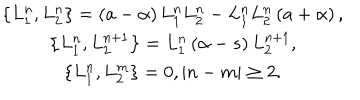
LaTeX: \begin{array} { c } { { \left\{ L _ { 1 } ^ { n } , L _ { 2 } ^ { n } \right\} = \left( a - \alpha \right) L _ { 1 } ^ { n } L _ { 2 } ^ { n } - L _ { 1 } ^ { n } L _ { 2 } ^ { n } \left( a + \alpha \right) , } } \\ { { \left\{ L _ { 1 } ^ { n } , L _ { 2 } ^ { n + 1 } \right\} = L _ { 1 } ^ { n } \left( \alpha - s \right) L _ { 2 } ^ { n + 1 } , } } \\ { { \left\{ L _ { 1 } ^ { n } , L _ { 2 } ^ { m } \right\} = 0 , \left| n - m \right| \geq 2 . } } \\ \end{array}